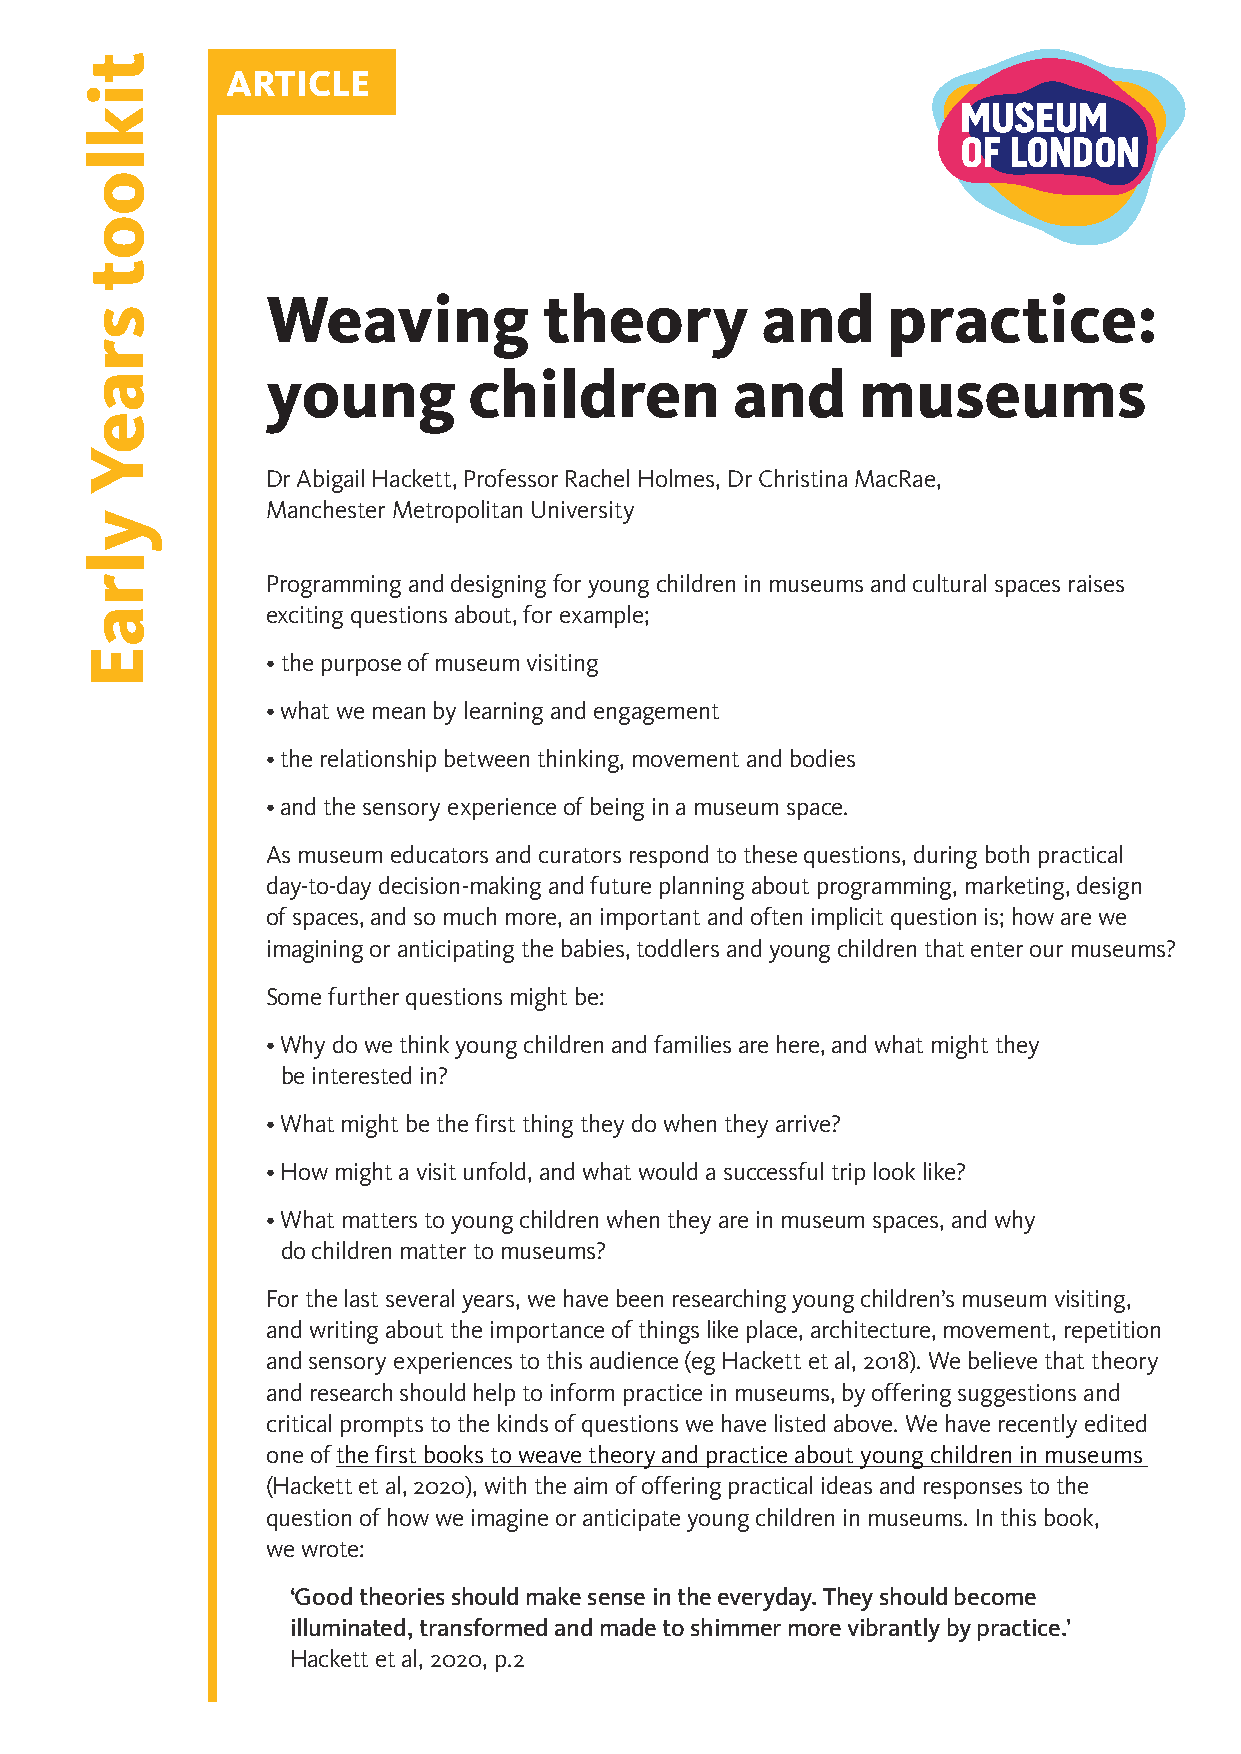
ARTICLE
 Weaving           theory        and      practice:
 young        children         and      museums
 Dr Abigail Hackett, Professor Rachel Holmes, Dr Christina MacRae,
 Manchester Metropolitan University
 Programming and designing for young children in museums and cultural spaces raises
 exciting questions about, for example;
 • the purpose of museum visiting
 • what we mean by learning and engagement
 • the relationship between thinking, movement and bodies
 • and the sensory experience of being in a museum space.
 As museum educators and curators respond to these questions, during both practical
 day-to-day decision-making and future planning about programming, marketing, design
 of spaces, and so much more, an important and often implicit question is; how are we
 imagining or anticipating the babies, toddlers and young children that enter our museums?
 Some further questions might be:
 • Why do we think young children and families are here, and what might they
 be interested in?
 • What might be the first thing they do when they arrive?
 • How might a visit unfold, and what would a successful trip look like?
 • What matters to young children when they are in museum spaces, and why
 do children matter to museums?
 For the last several years, we have been researching young children’s museum visiting,
 and writing about the importance of things like place, architecture, movement, repetition
 and sensory experiences to this audience (eg Hackett et al, 2018). We believe that theory
 and research should help to inform practice in museums, by offering suggestions and
 critical prompts to the kinds of questions we have listed above. We have recently edited
 one of the first books to weave theory and practice about young children in museums
 (Hackett et al, 2020), with the aim of offering practical ideas and responses to the
 question of how we imagine or anticipate young children in museums. In this book,
 we wrote:
 ‘Good theories should make sense in the everyday. They should become
 illuminated, transformed and made to shimmer more vibrantly by practice.’
 Hackett et al, 2020, p.2
 ttiikklloooott
 ssrraaeeYY
 yyllrraaEE